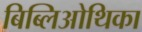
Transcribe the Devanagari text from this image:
बिब्लिओथिका